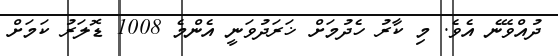
ދުއްވޭނެ އެވެ. މި ކާރު ހެދުމަށް ޚަރަދުވަނީ އެންމެ 1008 ޑޮލަރު ކަމަށް